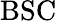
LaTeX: \mathrm{BSC}